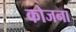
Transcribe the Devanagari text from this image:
कोजना